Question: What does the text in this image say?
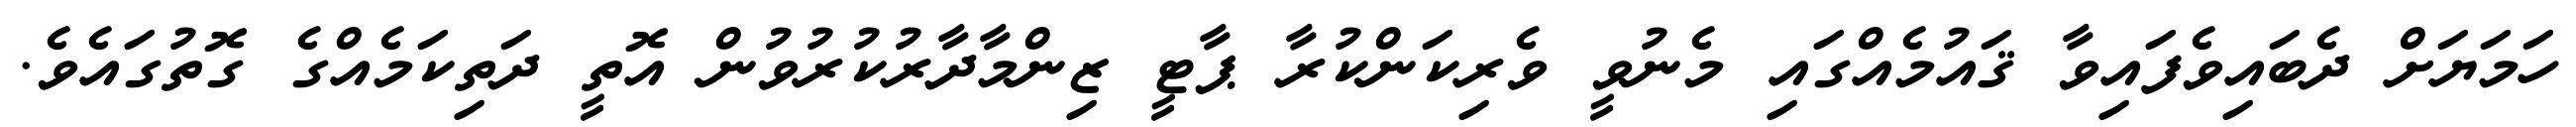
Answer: ހަމަޔަށް ދެބައިވެފައިވާ ޤައުމެއްގައި މެނުވީ ވެރިކަންކުރާ ޕާޓީ ޒިންމާދާރުކުރުވުން އޮތީ ދަތިކަމެއްގެ ގޮތުގައެވެ.